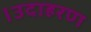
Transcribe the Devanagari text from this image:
।उदाहरण